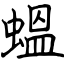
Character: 蝹